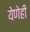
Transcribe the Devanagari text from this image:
येणेही